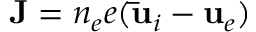
{ \bf { J } } = n _ { e } e ( { \bf { \bar { u } } } _ { i } - { \bf { u } } _ { e } )